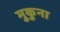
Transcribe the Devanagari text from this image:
मुकुना